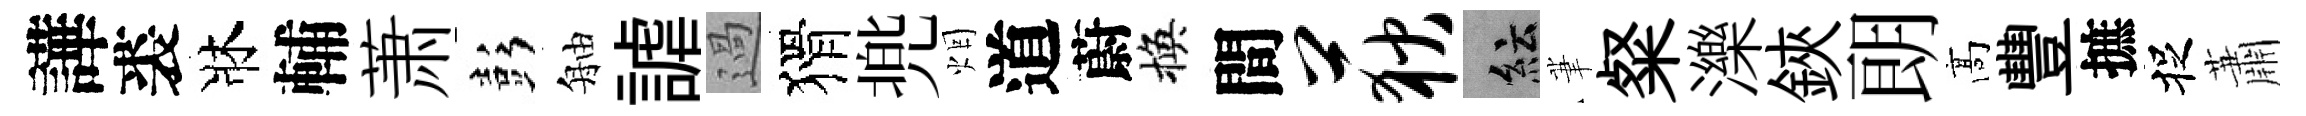
譁裘牀輔萧彭舳謔過猾兠烟道蔚換間荻紜茟粲濼鋏朗髙豐摭捉蕭